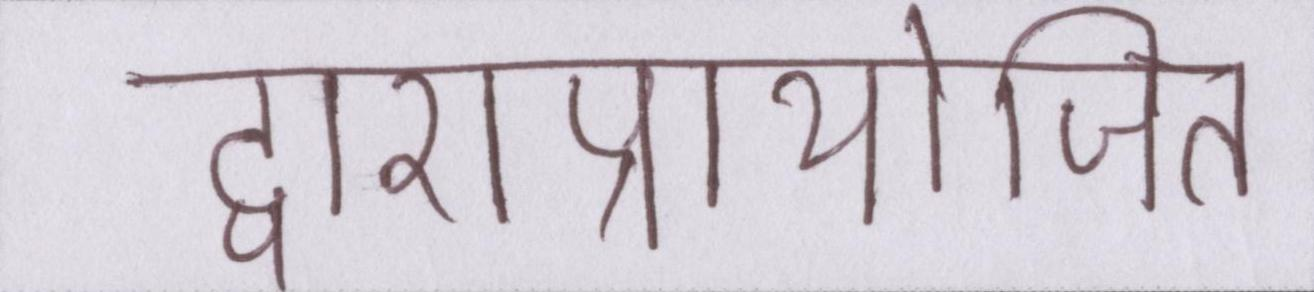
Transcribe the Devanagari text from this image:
द्वाराप्रायोजित